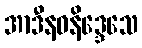
အာဒီနဝနိဒ္ဒေသေ